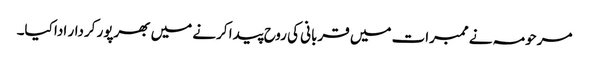
مرحومہ نے ممبرات میں قربانی کی روح پیدا کرنے میں بھرپور کردار ادا کیا۔